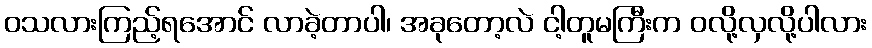
ဝသလားကြည့်ရအောင် လာခဲ့တာပါ၊ အခုတော့လဲ ငါ့တူမကြီးက ဝလို့လှလို့ပါလား